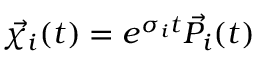
\vec { \chi _ { i } } ( t ) = e ^ { \sigma _ { i } t } \vec { P _ { i } } ( t )